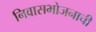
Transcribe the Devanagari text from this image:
निवासभोजनाची